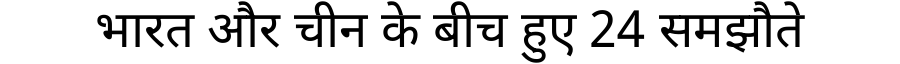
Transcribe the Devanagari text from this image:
भारत और चीन के बीच हुए 24 समझौते